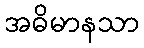
အဓိမာနသာ